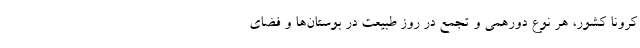
کرونا کشور، هر نوع دورهمی و تجمع در روز طبیعت در بوستان‌ها و فضای